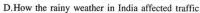
D. HeenP nehtor helped Arjun write an app